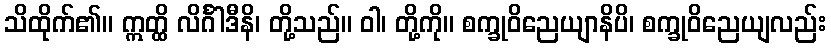
သိထိုက်၏။ ဣတ္ထိ လိင်္ဂါဒီနိ၊ တို့သည်။ ဝါ၊ တို့ကို။ စက္ခုဝိညေယျာနိပိ၊ စက္ခုဝိညေယျလည်း